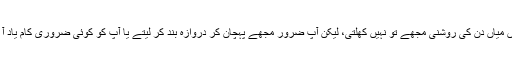
’ نہیں میاں دن کی روشنی مجھے تو نہیں کھلتی، لیکن آپ ضرور مجھے پہچان کر دروازہ بند کر لیتے یا آپ کو کوئی ضروری کام یاد آ جاتا۔